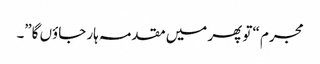
مجرم “تو پھر میں مقدمہ ہار جاؤں گا”۔